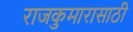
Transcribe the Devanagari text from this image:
राजकुमारासाठी